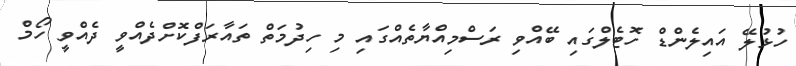
ހުޅުލޭ އައިލެންޑް ހޮޓެލްގައި ބޭއްވި ރަސްމިއްޔާތެއްގައި މި ހިދުމަތް ތައާރަފްކޮށްދެއްވީ ދެއްވީ ހޯމް